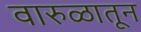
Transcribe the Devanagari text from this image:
वारुळातून